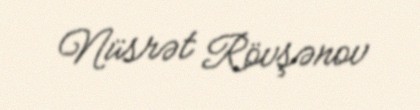
Nüsrət Rövşənov